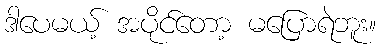
ဒါပေမယ့် အပိုင်တော့ မပြောရဲဘူး။